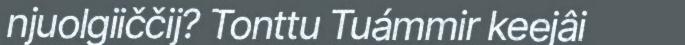
njuolgiiččij? Tonttu Tuámmir keejâi